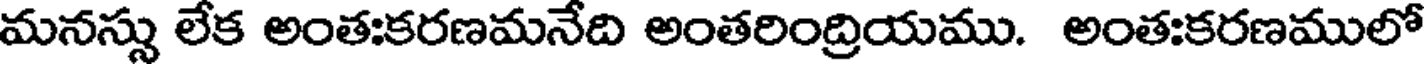
మనస్సు లేక అంతఃకరణమనేది అంతరింద్రియము. అంతఃకరణములో